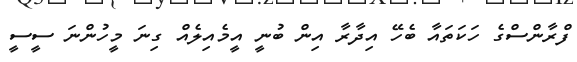
ފްރާންސްގެ ހަކަތައާ ބެހޭ އިދާރާ އިން ބުނީ އީމެއިލެއް ގިނަ މީހުންނަ ސީސީ